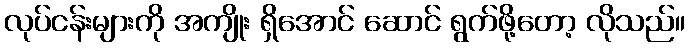
လုပ်ငန်းများကို အကျိုး ရှိအောင် ဆောင် ရွက်ဖို့တော့ လိုသည်။